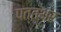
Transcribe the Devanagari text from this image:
पत्त्थर